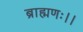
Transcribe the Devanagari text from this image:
ब्राह्मणः।।